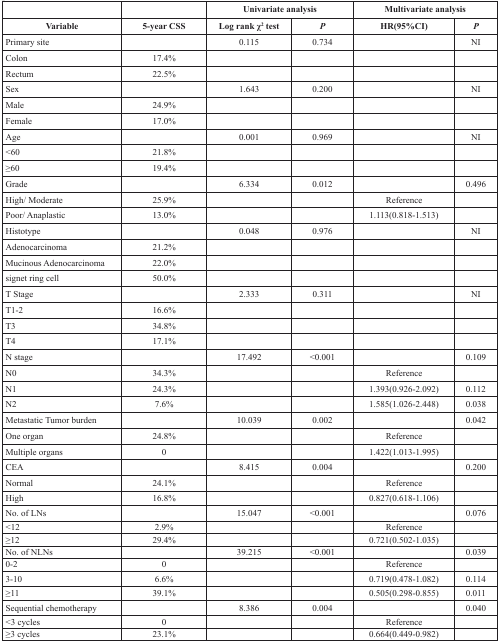
<table><thead><tr><td></td><td></td><td colspan="2"><b>Univariate analysis</b></td><td colspan="2"><b>Multivariate analysis</b></td></tr><tr><td><b>Variable</b></td><td><b>5-year CSS</b></td><td><b>Log rank χ<sup>2</sup> test</b></td><td><b><i>P</i></b></td><td><b>HR(95%CI)</b></td><td><b><i>P</i></b></td></tr></thead><tbody><tr><td>Primary site</td><td></td><td>0.115</td><td>0.734</td><td></td><td>NI</td></tr><tr><td>Colon</td><td>17.4%</td><td></td><td></td><td></td><td></td></tr><tr><td>Rectum</td><td>22.5%</td><td></td><td></td><td></td><td></td></tr><tr><td>Sex</td><td></td><td>1.643</td><td>0.200</td><td></td><td>NI</td></tr><tr><td>Male</td><td>24.9%</td><td></td><td></td><td></td><td></td></tr><tr><td>Female</td><td>17.0%</td><td></td><td></td><td></td><td></td></tr><tr><td>Age</td><td></td><td>0.001</td><td>0.969</td><td></td><td>NI</td></tr><tr><td>&lt;60</td><td>21.8%</td><td></td><td></td><td></td><td></td></tr><tr><td>≥60</td><td>19.4%</td><td></td><td></td><td></td><td></td></tr><tr><td>Grade</td><td></td><td>6.334</td><td>0.012</td><td></td><td>0.496</td></tr><tr><td>High/ Moderate</td><td>25.9%</td><td></td><td></td><td>Reference</td><td></td></tr><tr><td>Poor/ Anaplastic</td><td>13.0%</td><td></td><td></td><td>1.113(0.818-1.513)</td><td></td></tr><tr><td>Histotype</td><td></td><td>0.048</td><td>0.976</td><td></td><td>NI</td></tr><tr><td>Adenocarcinoma</td><td>21.2%</td><td></td><td></td><td></td><td></td></tr><tr><td>Mucinous Adenocarcinoma</td><td>22.0%</td><td></td><td></td><td></td><td></td></tr><tr><td>signet ring cell</td><td>50.0%</td><td></td><td></td><td></td><td></td></tr><tr><td>T Stage</td><td></td><td>2.333</td><td>0.311</td><td></td><td>NI</td></tr><tr><td>T1-2</td><td>16.6%</td><td></td><td></td><td></td><td></td></tr><tr><td>T3</td><td>34.8%</td><td></td><td></td><td></td><td></td></tr><tr><td>T4</td><td>17.1%</td><td></td><td></td><td></td><td></td></tr><tr><td>N stage</td><td></td><td>17.492</td><td>&lt;0.001</td><td></td><td>0.109</td></tr><tr><td>N0</td><td>34.3%</td><td></td><td></td><td>Reference</td><td></td></tr><tr><td>N1</td><td>24.3%</td><td></td><td></td><td>1.393(0.926-2.092)</td><td>0.112</td></tr><tr><td>N2</td><td>7.6%</td><td></td><td></td><td>1.585(1.026-2.448)</td><td>0.038</td></tr><tr><td>Metastatic Tumor burden</td><td></td><td>10.039</td><td>0.002</td><td></td><td>0.042</td></tr><tr><td>One organ</td><td>24.8%</td><td></td><td></td><td>Reference</td><td></td></tr><tr><td>Multiple organs</td><td>0</td><td></td><td></td><td>1.422(1.013-1.995)</td><td></td></tr><tr><td>CEA</td><td></td><td>8.415</td><td>0.004</td><td></td><td>0.200</td></tr><tr><td>Normal</td><td>24.1%</td><td></td><td></td><td>Reference</td><td></td></tr><tr><td>High</td><td>16.8%</td><td></td><td></td><td>0.827(0.618-1.106)</td><td></td></tr><tr><td>No. of LNs</td><td></td><td>15.047</td><td>&lt;0.001</td><td></td><td>0.076</td></tr><tr><td>&lt;12</td><td>2.9%</td><td></td><td></td><td>Reference</td><td></td></tr><tr><td>≥12</td><td>29.4%</td><td></td><td></td><td>0.721(0.502-1.035)</td><td></td></tr><tr><td>No. of NLNs</td><td></td><td>39.215</td><td>&lt;0.001</td><td></td><td>0.039</td></tr><tr><td>0-2</td><td>0</td><td></td><td></td><td>Reference</td><td></td></tr><tr><td>3-10</td><td>6.6%</td><td></td><td></td><td>0.719(0.478-1.082)</td><td>0.114</td></tr><tr><td>≥11</td><td>39.1%</td><td></td><td></td><td>0.505(0.298-0.855)</td><td>0.011</td></tr><tr><td>Sequential chemotherapy</td><td></td><td>8.386</td><td>0.004</td><td></td><td>0.040</td></tr><tr><td>&lt;3 cycles</td><td>0</td><td></td><td></td><td>Reference</td><td></td></tr><tr><td>≥3 cycles</td><td>23.1%</td><td></td><td></td><td>0.664(0.449-0.982)</td><td></td></tr></tbody></table>